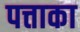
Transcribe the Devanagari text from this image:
पत्ताका